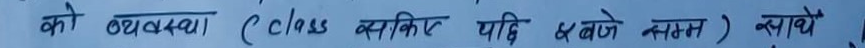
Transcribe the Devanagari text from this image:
को व्यवस्था ( class व्यस्कित यादि बजे सम्म) न्याथे ।